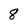
Character: 8